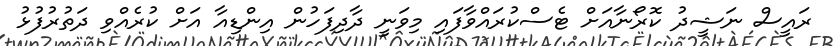
ރައީސް ނަޝީދު ކޮރޯނާއަށް ޓެސްކުރައްވާފައި މިވަނީ ދާދިފަހުން އިންޑިއާ އަށް ކުރެއްވި ދަތުރުފުޅު